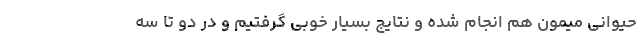
حیوانی میمون هم انجام شده و نتایج بسیار خوبی گرفتیم و در دو تا سه